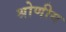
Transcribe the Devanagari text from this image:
श्रोणीय